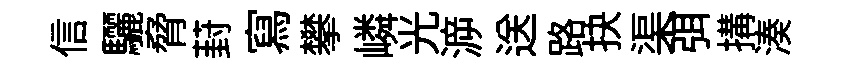
信驪脅葑寫攀嶙光㴑送路抉渠弭搆湊